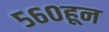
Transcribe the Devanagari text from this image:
५६०हून